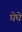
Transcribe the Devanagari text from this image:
घेघे